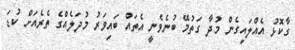
ގާކޮޅު އެއްލައިގެން މުދާ ގަތުމޭ ބުނެވެނީ އެތައް ބައިވަރު މުދަލެއްގެ ތެރެއަށް ކުޑަ